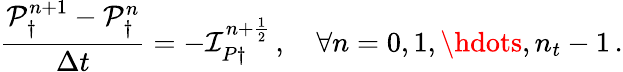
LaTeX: \frac{\mathcal P_{\dagger}^{n+1}-\mathcal P_{\dagger}^{n}}{\Delta t}=-\mathcal I_{P\dagger}^{n+\frac 12}\, ,\quad\forall n=0,1,\hdots,n_{t}-1\, .